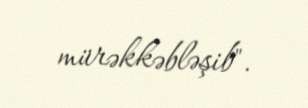
mürəkkəbləşib".